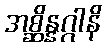
အစ္ဆိန္နဂ္ဂါနိ